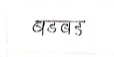
मजकूर: बडबड